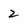
Character: 2